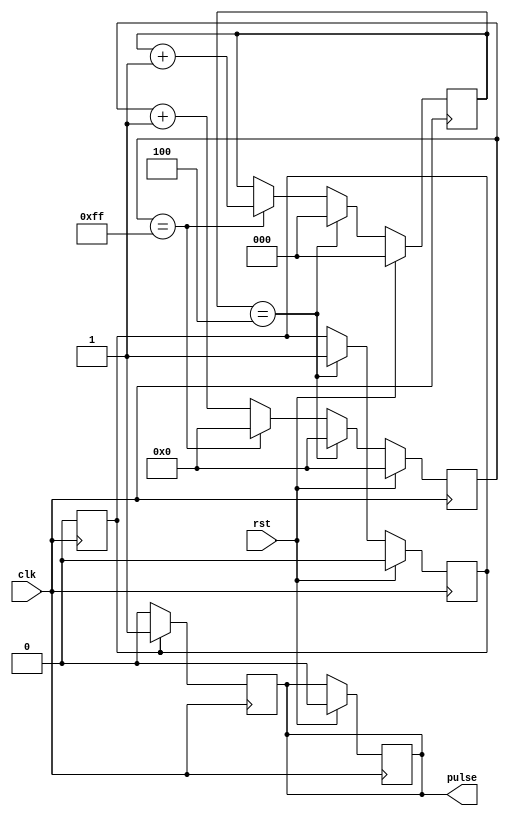
module PulseGenerator (
    input wire clk,
    input wire rst,
    output reg pulse
);

reg [7:0] counter;
reg [2:0] divisor;
reg sync;

always @(posedge clk) begin
    if (rst) begin
        counter <= 8'b0;
        divisor <= 3'b0;
        pulse <= 1'b0;
        sync <= 1'b0;
    end else begin
        if (counter == 8'hFF) begin
            counter <= 8'b0;
            divisor <= divisor + 1;
        end else begin
            counter <= counter + 1;
        end
        
        if (divisor == 3'h4) begin
            counter <= 8'b0;
            divisor <= 3'b0;
            sync <= 1'b1;
        end
    end
end

always @(posedge clk) begin
    if (sync) begin
        pulse <= 1'b1;
        sync <= 1'b0;
    end else begin
        pulse <= 1'b0;
    end
end

endmodule